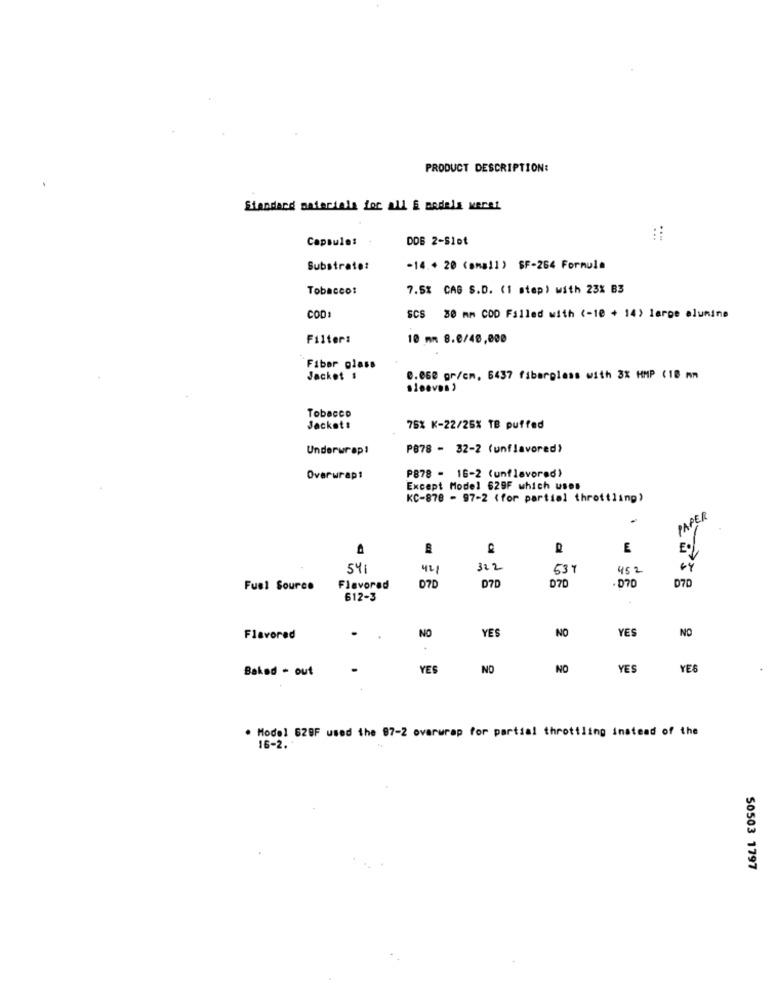
PRODUCT DESCRIPTION:
Standard materials for all E models weret
Capsule:
DDB 2-Slot
Substrate:
-14.+ 20 (small) SF-264 Formula
Tobacco:
7.5% CAS S.D. (1 step) with 23% B3
COD
SCS 30 mm CDD Filled with (-10 + 14) larpe alumine
Filter:
10 mn 8.0/40,000
Fiber glass
Jacket 1
e.060 gr/cm, 6437 fiberglass with 3% HMP (18 mm
Tobacco
Jacket :
75% K-22/25% TB puffed
Underwrap!
P878 - 32-2 (unflavored)
Overwrap:
P878 - 16-2 (unflavored)
Except Model 629F which uses
KC-878 - 97-2 (for partial throttling)
PAPER
E
Eo
541
322
537
45 2
D70
D70
070
D7D
Fuel Source
Flavored
612-3
NO
YES
NO
YES
NO
Flavored
Baked - out
YES
NO
NO
YES
YES
. Model 628F used the 87-2 overwrap for partial throttling instead of the
16-2.
50503 1797